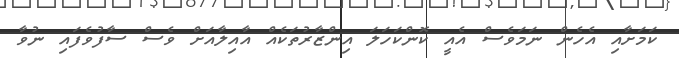
ކަމަށާއި އެހެން ނަމަވެސް އެއީ ކޮންކަހަލަ އިންޒާރުތަކެއް އާއިލާއަށް ވެސް ސާފުވެފައި ނުވާ